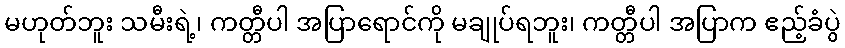
မဟုတ်ဘူး သမီးရဲ့၊ ကတ္တီပါ အပြာရောင်ကို မချုပ်ရဘူး၊ ကတ္တီပါ အပြာက ဧည့်ခံပွဲ